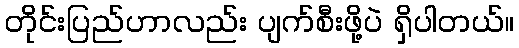
တိုင်းပြည်ဟာလည်း ပျက်စီးဖို့ပဲ ရှိပါတယ်။